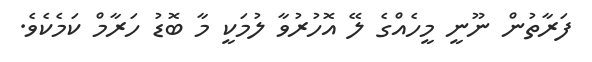
ފަރާތުން ނޫނީ މީހެއްގެ ލޭ އޮހުރުވާ ލުމަކީ މާ ބޮޑު ހަރާމް ކަމެކެވެ.